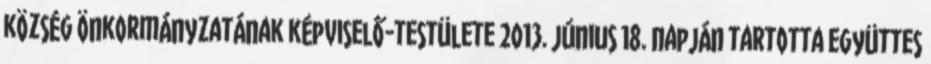
község Önkormányzatának képviselő-testülete 2013. június 18. napján tartotta együttes